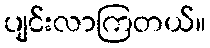
ပျင်းလာကြတယ်။